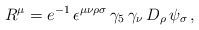
LaTeX: \begin{align*}R^\mu = e^{-1} \, \epsilon^{\mu \nu \rho \sigma} \,\gamma_5 \, \gamma_\nu \, D_\rho \, \psi_\sigma\,,\end{align*}